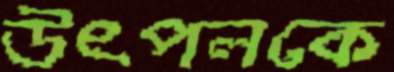
উৎপলকে